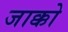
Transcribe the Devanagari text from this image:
जाक्को